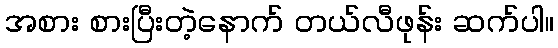
အစား စားပြီးတဲ့နောက် တယ်လီဖုန်း ဆက်ပါ။